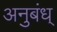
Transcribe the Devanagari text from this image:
अनुबंध्